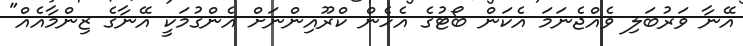
އޭނާ ވަރުބަލި ވެއްޖެނަމަ އެކަން ބޯޓުގެ އެހެން ކްރޫއިންނަށް އެންގުމަކީ އޭނާގެ ޒިންމާއެއް"